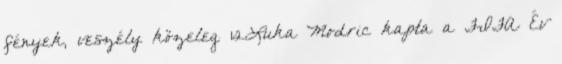
fények, veszély közeleg 12Luka Modric kapta a FIFA Év